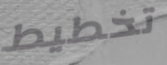
تخطيط